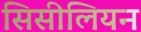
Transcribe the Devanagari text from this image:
सिसीलियन